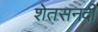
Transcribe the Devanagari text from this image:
शेतसनदी